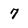
Character: 7